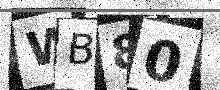
Text: WB80